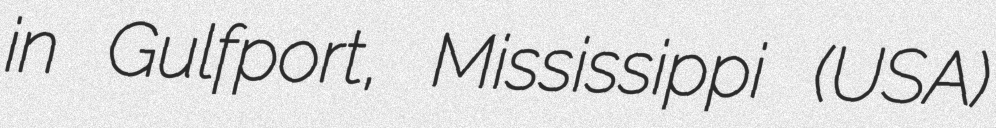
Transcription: in Gulfport, Mississippi (USA)